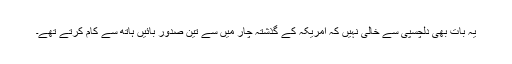
یہ بات بھی دلچسپی سے خالی نہیں کہ امریکہ کے گذشتہ چار میں سے تین صدور بائیں ہاتھ سے کام کرتے تھے۔